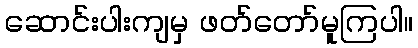
ဆောင်းပါးကျမှ ဖတ်တော်မူကြပါ။